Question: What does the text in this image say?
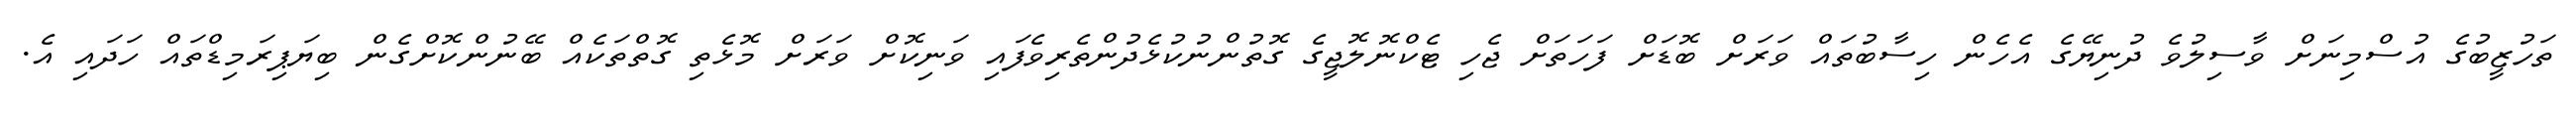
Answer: ތަހުޒީބުގެ އުސްމިނަށް ވާސިލުވެ ދުނިޔޭގެ އެހެން ހިސާބުތައް ވަރަށް ބޮޑަށް ފަހަތަށް ޖެހި ޓެކްނޮލޮޖީގެ ގޮތުންނުކުޅެދުންތެރިވެފައި ވަނިކޮށް ވަރަށް މޮޅެތި ގޮތްތަކެއް ބޭނުންކޮށްގެން ބިޔަޕިރަމިޑްތައް ހަދައި އެ.